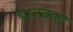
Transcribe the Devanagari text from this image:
चातकही